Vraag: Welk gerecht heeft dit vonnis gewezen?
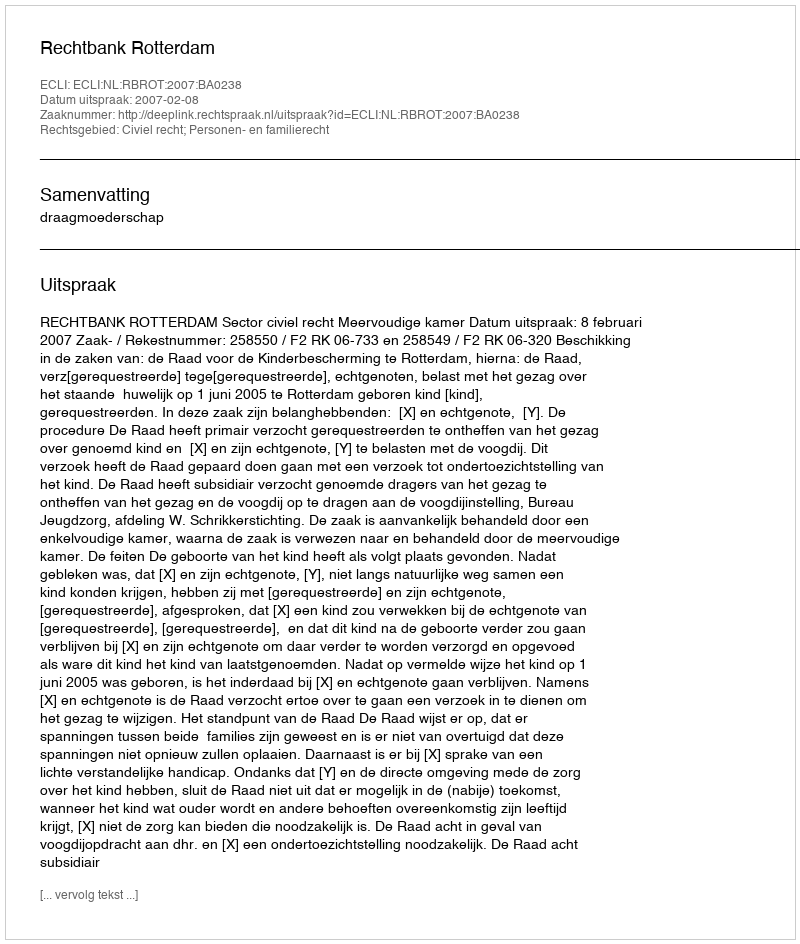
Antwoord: Rechtbank Rotterdam